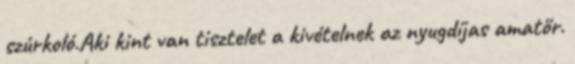
szúrkoló.Aki kint van tisztelet a kivételnek az nyugdíjas amatőr.